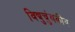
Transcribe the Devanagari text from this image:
विद्युचुंबकीय